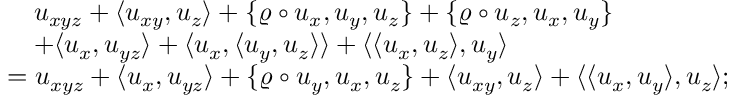
\begin{array} { r l } & { \quad u _ { x y z } + \langle u _ { x y } , u _ { z } \rangle + \{ \varrho \circ u _ { x } , u _ { y } , u _ { z } \} + \{ \varrho \circ u _ { z } , u _ { x } , u _ { y } \} } \\ & { \quad + \langle u _ { x } , u _ { y z } \rangle + \langle u _ { x } , \langle u _ { y } , u _ { z } \rangle \rangle + \langle \langle u _ { x } , u _ { z } \rangle , u _ { y } \rangle } \\ & { = u _ { x y z } + \langle u _ { x } , u _ { y z } \rangle + \{ \varrho \circ u _ { y } , u _ { x } , u _ { z } \} + \langle u _ { x y } , u _ { z } \rangle + \langle \langle u _ { x } , u _ { y } \rangle , u _ { z } \rangle ; } \end{array}